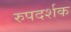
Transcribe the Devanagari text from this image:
रुपदर्शक